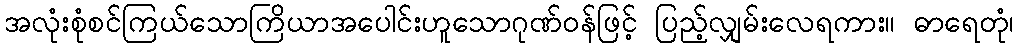
အလုံးစုံစင်ကြယ်သောကြိယာအပေါင်းဟူသောဂုဏ်ဝန်ဖြင့် ပြည့်လျှမ်းလေရကား။ ဓာရေတုံ၊